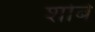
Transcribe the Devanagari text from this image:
शोबे